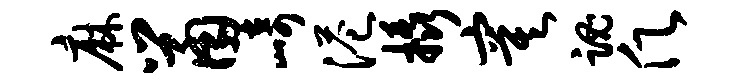
麻鼠崎港橇寞魂愿